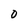
Character: 0